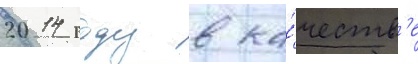
2014 году в ка́честв'е